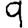
Digit: 9